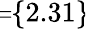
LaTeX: \! \! \! \! \! \! \! \overline{{\epsilon}}_{r}\! \! =\! \! \{ 2.31\} \!